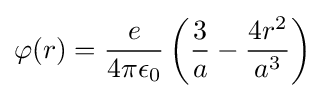
\varphi (r)={\frac {e}{4\pi \epsilon _{0}}}\left({\frac {3}{a}}-{\frac {4r^{2}}{a^{3}}}\right)